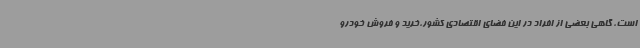
است، گاهی بعضی از افراد در این فضای اقتصادی کشور،خرید و فروش خودرو